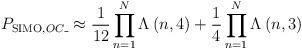
LaTeX: \begin{align*}{{P}_{\operatorname{SIMO},OC\_}}\approx \frac{1}{12}\prod\limits_{n=1}^{N}{{{\Lambda }_{}}\left( n,4 \right)}+\frac{1}{4}\prod\limits_{n=1}^{N}{{{\Lambda }_{}}\left( n,3 \right)}\end{align*}